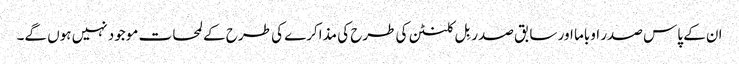
ان کے پاس صدر اوباما اور سابق صدر بِل کلنٹن کی طرح کی مذاکرے کی طرح کے لمحات موجود نہیں ہوں گے۔